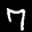
Label: 7